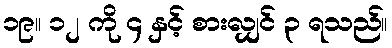
၁၉။ ၁၂ ကို ၄ နှင့် စားလျှင် ၃ ရသည်။